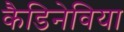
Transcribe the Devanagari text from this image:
कैडिनेविया